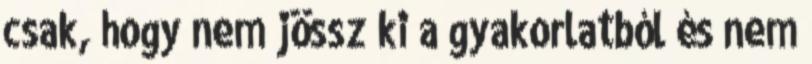
csak, hogy nem jössz ki a gyakorlatból és nem